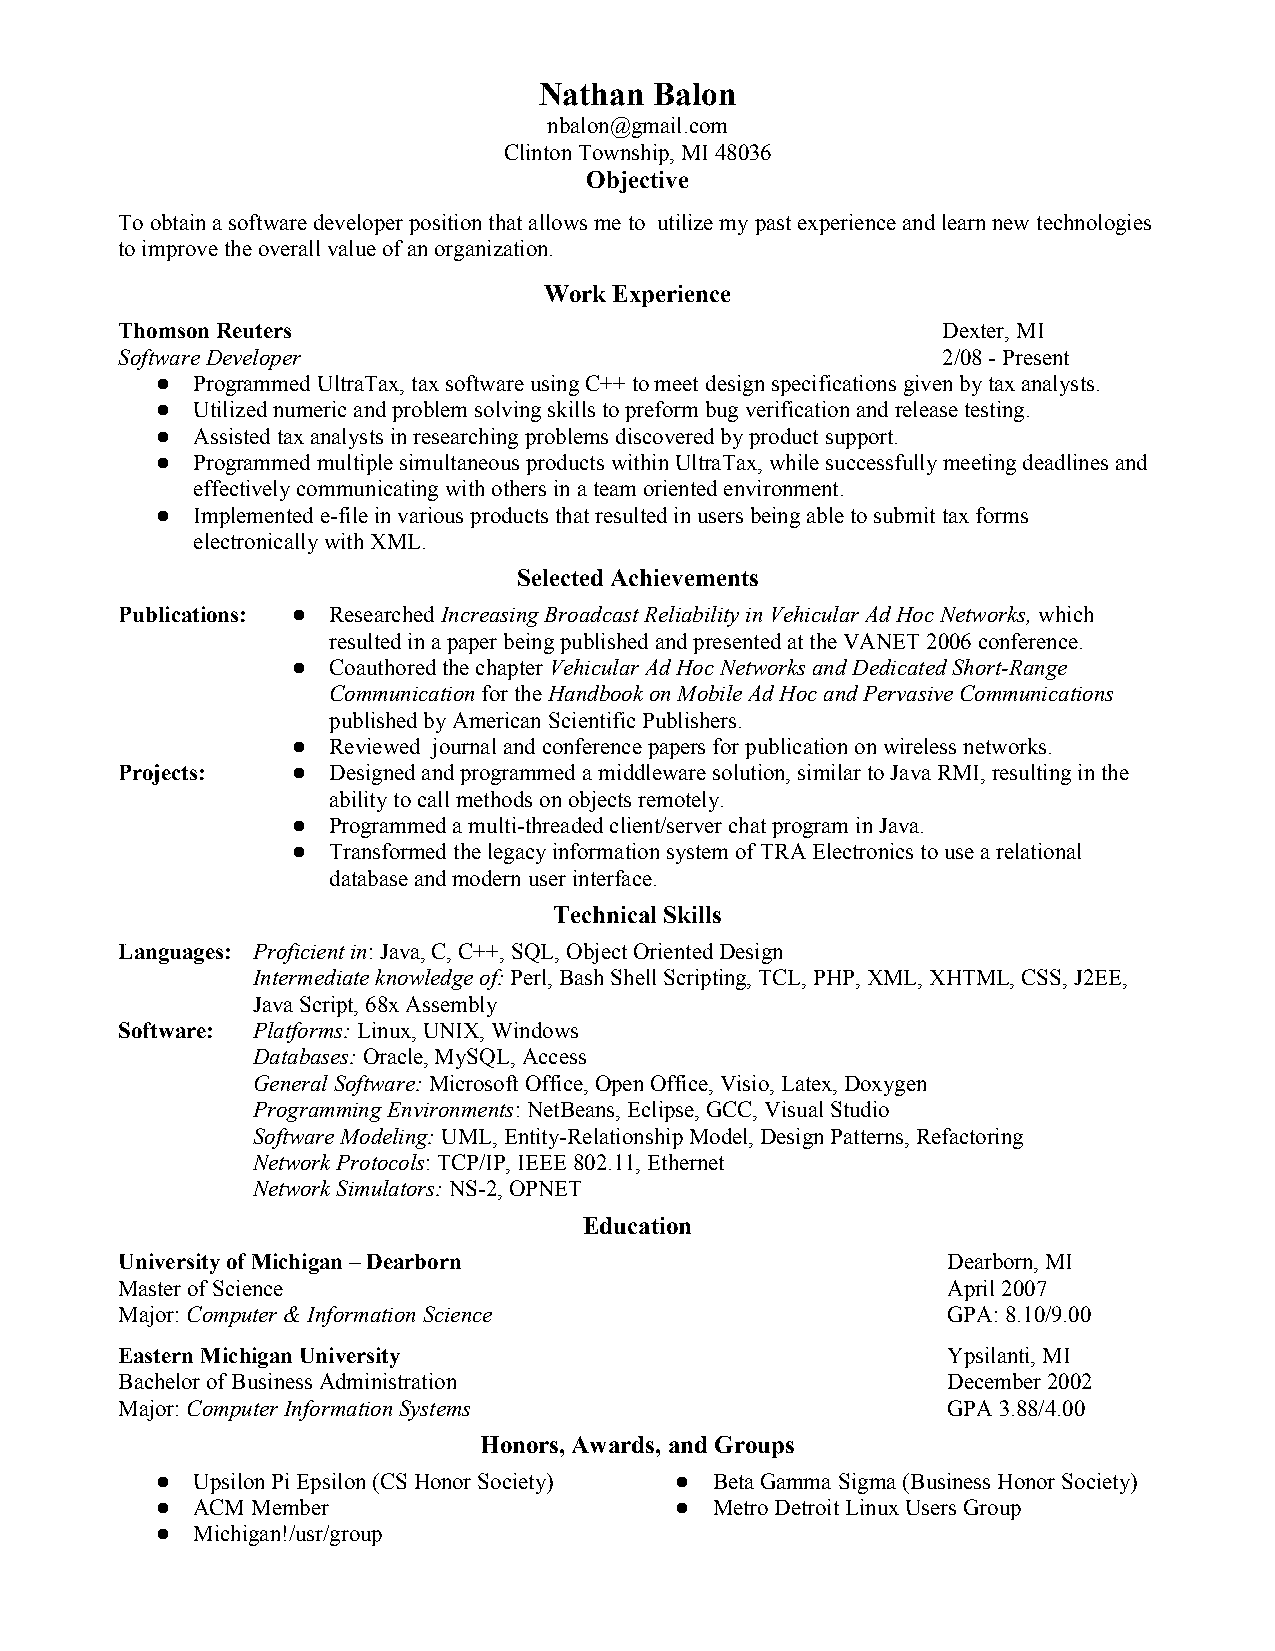
Nathan Balon
 nbalon@gmail.com
 Clinton Township, MI 48036
 Objective
 To obtain a software developer position that allows me to utilize my past experience and learn new technologies
 to improve the overall value of an organization.
 Work Experience
 Thomson Reuters                                       Dexter, MI
 Software Developer                                    2/08 - Present
   Programmed UltraTax, tax software using C++ to meet design specifications given by tax analysts.
   Utilized numeric and problem solving skills to preform bug verification and release testing.
   Assisted tax analysts in researching problems discovered by product support.
   Programmed multiple simultaneous products within UltraTax, while successfully meeting deadlines and
 effectively communicating with others in a team oriented environment.
   Implemented e-file in various products that resulted in users being able to submit tax forms
 electronically with XML.
 Selected Achievements
 Publications:  Researched Increasing Broadcast Reliability in Vehicular Ad Hoc Networks, which
 resulted in a paper being published and presented at the VANET 2006 conference.
   Coauthored the chapter Vehicular Ad Hoc Networks and Dedicated Short-Range
 Communication for the Handbook on Mobile Ad Hoc and Pervasive Communications
 published by American Scientific Publishers.
   Reviewed journal and conference papers for publication on wireless networks.
 Projects:    Designed and programmed a middleware solution, similar to Java RMI, resulting in the
 ability to call methods on objects remotely.
   Programmed a multi-threaded client/server chat program in Java.
   Transformed the legacy information system of TRA Electronics to use a relational
 database and modern user interface.
 Technical Skills
 Languages: Proficient in: Java, C, C++, SQL, Object Oriented Design
 Intermediate knowledge of: Perl, Bash Shell Scripting, TCL, PHP, XML, XHTML, CSS, J2EE,
 Java Script, 68x Assembly
 Software: Platforms: Linux, UNIX, Windows
 Databases: Oracle, MySQL, Access
 General Software: Microsoft Office, Open Office, Visio, Latex, Doxygen
 Programming Environments: NetBeans, Eclipse, GCC, Visual Studio
 Software Modeling: UML, Entity-Relationship Model, Design Patterns, Refactoring
 Network Protocols: TCP/IP, IEEE 802.11, Ethernet
 Network Simulators: NS-2, OPNET
 Education
 University of Michigan – Dearborn                      Dearborn, MI
 Master of Science                                      April 2007
 Major: Computer & Information Science                  GPA: 8.10/9.00
 Eastern Michigan University                            Ypsilanti, MI
 Bachelor of Business Administration                    December 2002
 Major: Computer Information Systems                    GPA 3.88/4.00
 Honors, Awards, and Groups
   Upsilon Pi Epsilon (CS Honor Society)  Beta Gamma Sigma (Business Honor Society)
   ACM Member                       Metro Detroit Linux Users Group
   Michigan!/usr/group